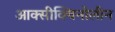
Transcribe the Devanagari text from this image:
आक्सीक्विनोलीन